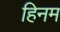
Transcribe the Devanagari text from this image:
हिनम